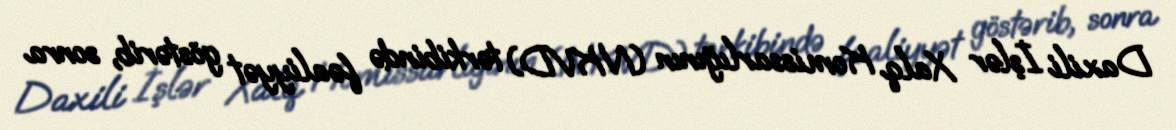
Daxili İşlər Xalq Komissarlığının (NKVD) tərkibində fəaliyyət göstərib, sonra